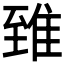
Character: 𨾽